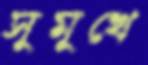
সুমুখে